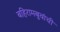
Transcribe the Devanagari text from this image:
बहिरामबुवांची